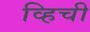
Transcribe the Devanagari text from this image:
व्हिची